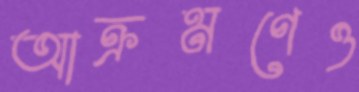
আক্রমণেও